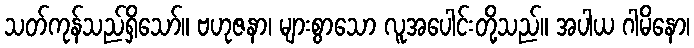
သတ်ကုန်သည်ရှိသော်။ ဗဟုဇနာ၊ များစွာသော လူအပေါင်းတို့သည်။ အပါယ ဂါမိနော၊